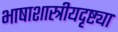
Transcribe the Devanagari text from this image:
भाषाशास्त्रीयदृष्ट्या